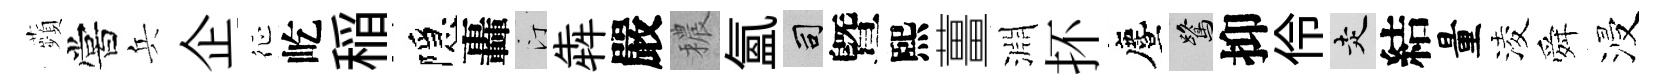
蘋嘗兵企征屹稲隱轟汀犇嚴穠氲司曁熙薑淵抔󵨌鷺抑伶走結量淩舜浸